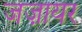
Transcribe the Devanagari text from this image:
जज़ायर